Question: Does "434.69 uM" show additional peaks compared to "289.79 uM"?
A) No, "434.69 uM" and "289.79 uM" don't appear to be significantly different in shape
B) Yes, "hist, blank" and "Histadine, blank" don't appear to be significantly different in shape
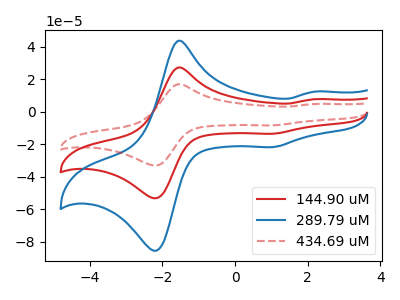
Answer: <think>The red curve "144.90 uM" has anodic peaks at (-1.60V, 27.05uA) (2.20V, 7.65uA) and cathodic peaks at (-2.30V, -52.75uA) (1.00V, -13.60uA). The blue curve "289.79 uM" has anodic peaks at (-1.60V, 43.50uA) (2.20V, 12.25uA) and cathodic peaks at (-2.30V, -84.75uA) (1.00V, -21.85uA). The red dashed curve "434.69 uM" has anodic peaks at (-1.60V, 54.15uA) (2.20V, 15.30uA) and cathodic peaks at (-2.30V, -105.55uA) (1.00V, -27.20uA).
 All the peaks in "434.69 uM" have a peak in "289.79 uM" at the same potential. Every peak in "434.69 uM" is higher than every peak in "289.79 uM".</think>
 <answer>A) No, "434.69 uM" and "289.79 uM" don't appear to be significantly different in shape</answer>
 <eval>A</eval>